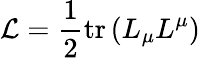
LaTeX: {\mathcal{L}}={\frac{1}{2}}\mathrm{tr}\left(L_{\mu}L^{\mu}\right)